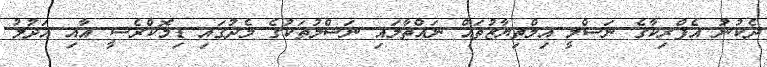
ދެކުނު އެފްރިކާގެ ނަސްލީ އިމްތިޔާޒުތައް ނައްތާލައި ނަސްލުތަކުގެ މެދުގައި ޑިމޮކްރެސީ އާއި އަދުލު